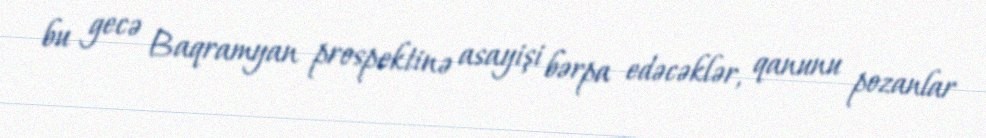
bu gecə Baqramyan prospektinə asayişi bərpa edəcəklər, qanunu pozanlar